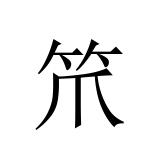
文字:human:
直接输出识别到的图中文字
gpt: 笊